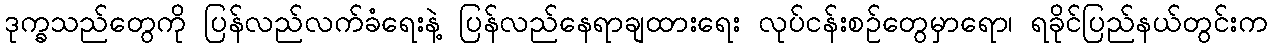
ဒုက္ခသည်တွေကို ပြန်လည်လက်ခံရေးနဲ့ ပြန်လည်နေရာချထားရေး လုပ်ငန်းစဉ်တွေမှာရော၊ ရခိုင်ပြည်နယ်တွင်းက